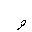
Letter: _waw